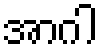
အာဂါ